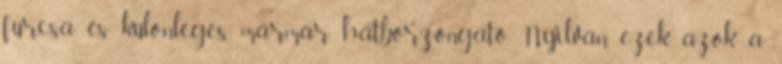
furcsa és különleges. mármár hátborzongató. Nyilván ezek azok a